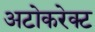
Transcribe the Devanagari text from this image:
अटोकरेक्ट